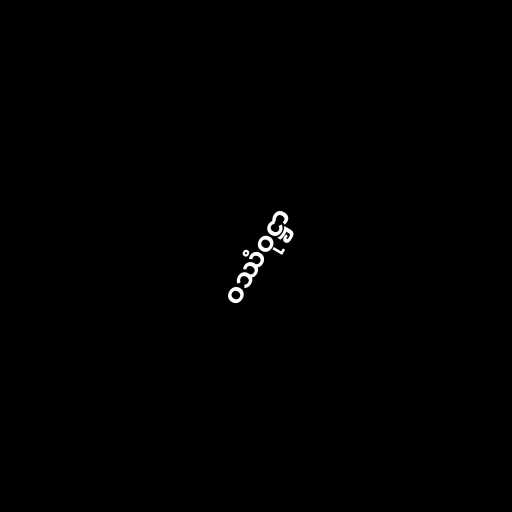
ဝဿံဝုဋ္ဌာ